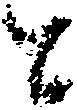
と